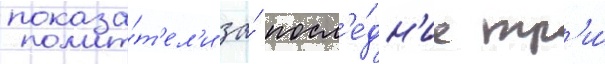
показа́т'ел'и за́ посл'е́дн'ие тр'и́